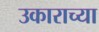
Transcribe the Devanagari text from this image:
उकाराच्या